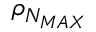
\rho _ { N _ { M A X } }